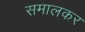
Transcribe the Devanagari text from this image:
समालकर